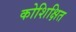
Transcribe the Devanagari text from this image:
कोशिक्षित